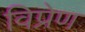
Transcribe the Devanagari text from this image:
विप्रेण